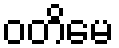
ဝတိမေ